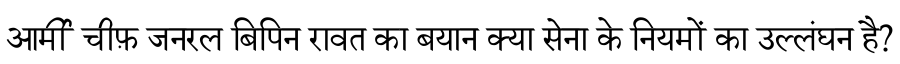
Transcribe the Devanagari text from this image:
आर्मी चीफ़ जनरल बिपिन रावत का बयान क्या सेना के नियमों का उल्लंघन है?